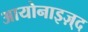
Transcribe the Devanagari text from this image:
आयोनाइज़्द